Report on the Calcutta epizootic or cattle disease of 1864 in Calcutta and its neighbourhood
Year: 1864
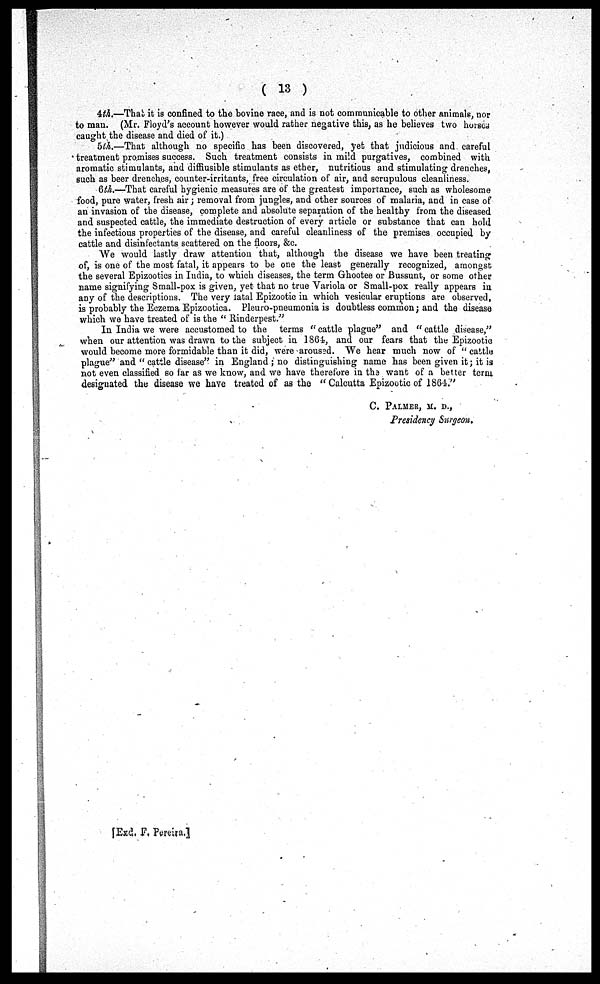
( 13 )
4th.—That it is confined to the bovine race, and is not communicable to other animals, nor
to man. (Mr. Floyd's account however would rather negative this, as he believes two horses
caught the disease and died of it.)
5th.—That although no specific has been discovered, yet that judicious and careful
treatment promises success. Such treatment consists in mild purgatives, combined with
aromatic stimulants, and diffiusible stimulants as ether, nutritious and stimulating drenches,
such as beer drenches, counter-irritants, free circulation of air, and scrupulous cleanliness.
6th.—That careful hygienic measures are of the greatest importance, such as wholesome
food, pure water, fresh air; removal from jungles, and other sources of malaria, and in case of
an invasion of the disease, complete and absolute separation of the healthy from the diseased
and suspected cattle, the immediate destruction of every article or substance that can hold
the infectious properties of the disease, and careful cleanliness of the premises occupied by
cattle and disinfectants scattered on the floors, &c.
We would lastly draw attention that, although the disease we have been treating
of, is one of the most fatal, it appears to be one the least generally recognized, amongst
the several Epizootics in India, to which diseases, the term Ghootee or Bussunt, or some other
name signifying Small-pox is given, yet that no true Variola or Small-pox really appears in
any of the descriptions. The very fatal Epizootic in which vesicular eruptions are observed,
is probably the Eczema Epizootica. Pleuro-pneumonia is doubtless common ; and the disease
which we have treated of is the " Rinderpest."
In India we were accustomed to the terms " cattle plague" and " cattle disease,"
when our attention was drawn to the subject in 1864, and our fears that the Epizootic
would become more formidable than it did, were aroused. We hear much now of " cattle
plague" and " cattle disease" in England ; no distinguishing name has been given it; it is
not even classified so far as we know, and we have therefore in the want of a better term
designated the disease we have treated of as the "Calcutta Epizootic of 1864."
C. PALMER, M.D.,
Presidency Surgeon.
[Exd. F. Pereira.]